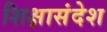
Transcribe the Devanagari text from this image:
शिक्षासंदेश